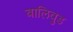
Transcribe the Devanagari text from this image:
बालिवुड